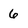
Character: 6